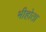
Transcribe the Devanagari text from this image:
भीहोता